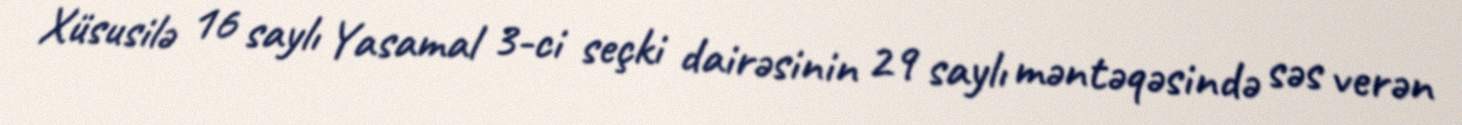
Xüsusilə 16 saylı Yasamal 3-ci seçki dairəsinin 29 saylı məntəqəsində səs verən